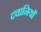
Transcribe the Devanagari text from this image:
दवानियाँ